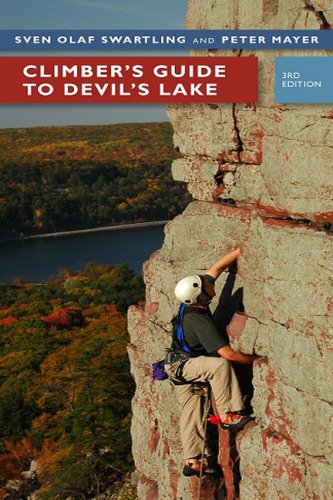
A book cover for ClimberEEs Guide to DevilEEs Lake; Sven Olof Swartling; Sports & Outdoors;